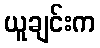
ယူချင်းက